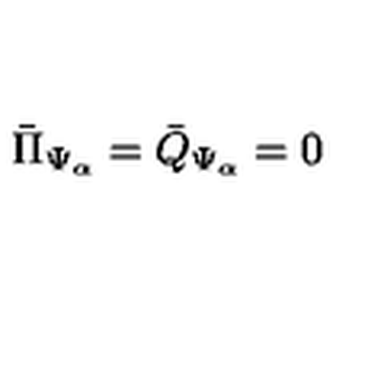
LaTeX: { \bar { \Pi } } _ { \Psi _ { \alpha } } = { \bar { Q } } _ { \Psi _ { \alpha } } = 0